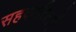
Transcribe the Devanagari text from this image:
सहकारिताएँ